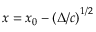
x = x _ { 0 } - \left( { \Delta } / { c } \right) ^ { 1 / 2 }